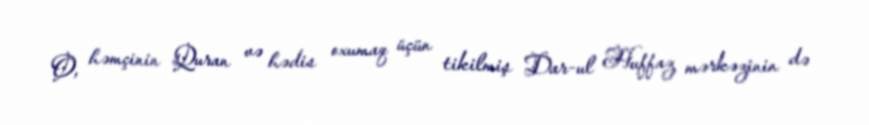
O, həmçinin Quran və hədis oxumaq üçün tikilmiş Dar-ul Huffaz mərkəzinin də